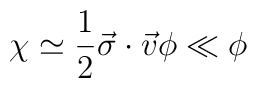
\chi\simeq\frac{1}{2}\vec{\sigma}\cdot\vec{v}\phi\ll\phi